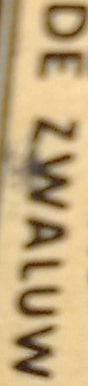
DE ZWALUW